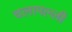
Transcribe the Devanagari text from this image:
चलापल्ली